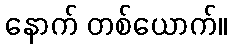
နောက် တစ်ယောက်။